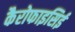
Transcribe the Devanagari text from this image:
कैरोफाइसिई